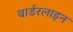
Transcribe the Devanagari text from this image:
बार्डरलाइन